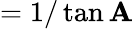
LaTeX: ={1/\tan\mathbf{A}}